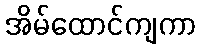
အိမ်ထောင်ကျကာ